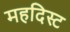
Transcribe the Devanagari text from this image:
महदिस्ट